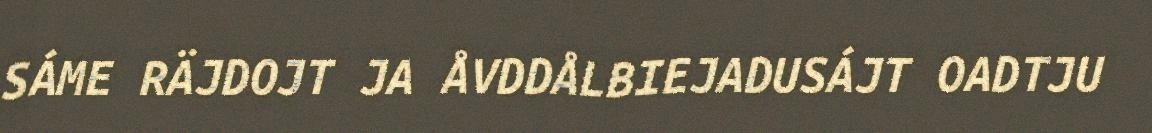
SÁME RÄJDOJT JA ÅVDDÅLBIEJADUSÁJT OADTJU